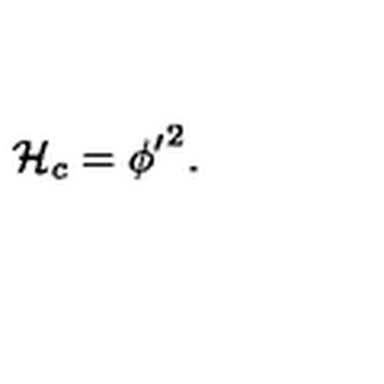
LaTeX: { \cal { H } } _ { c } = { \phi ^ { \prime } } ^ { 2 } .